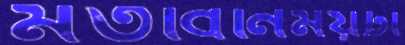
মতবিনিময়টা